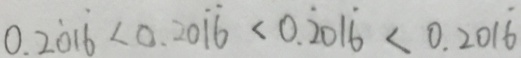
0 . 2 \dot { 0 } 1 \dot { 6 } < 0 . 2 0 \dot { 1 } \dot { 6 } < 0 . \dot { 2 } 0 1 \dot { 6 } < 0 . 2 0 1 \dot { 6 }